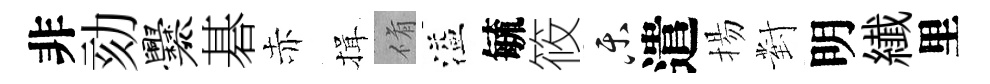
非劾爨碁赤揖脩溢毓筱乐遣揚對明纎里